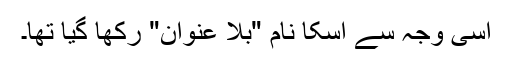
اسی وجہ سے اسکا نام "بلا عنوان" رکھا گیا تھا۔